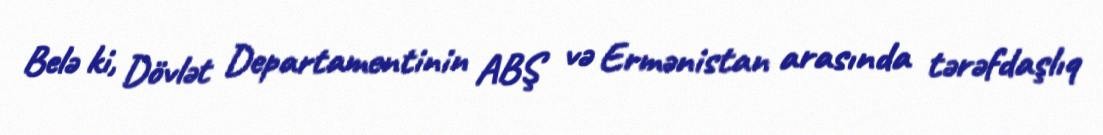
Belə ki, Dövlət Departamentinin ABŞ və Ermənistan arasında tərəfdaşlıq